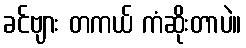
ခင်ဗျား တကယ် ကံဆိုးတာပဲ။